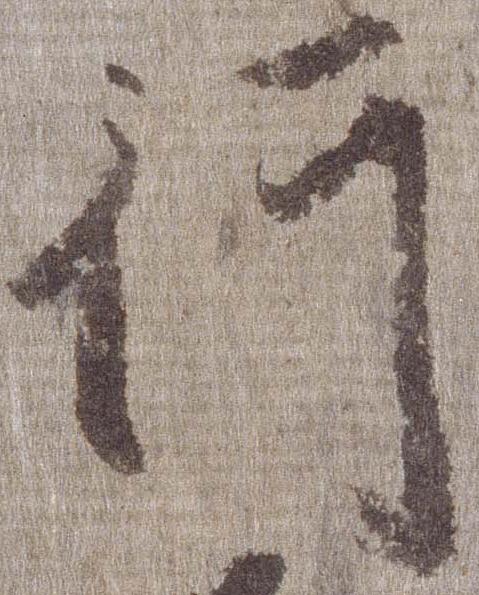
行